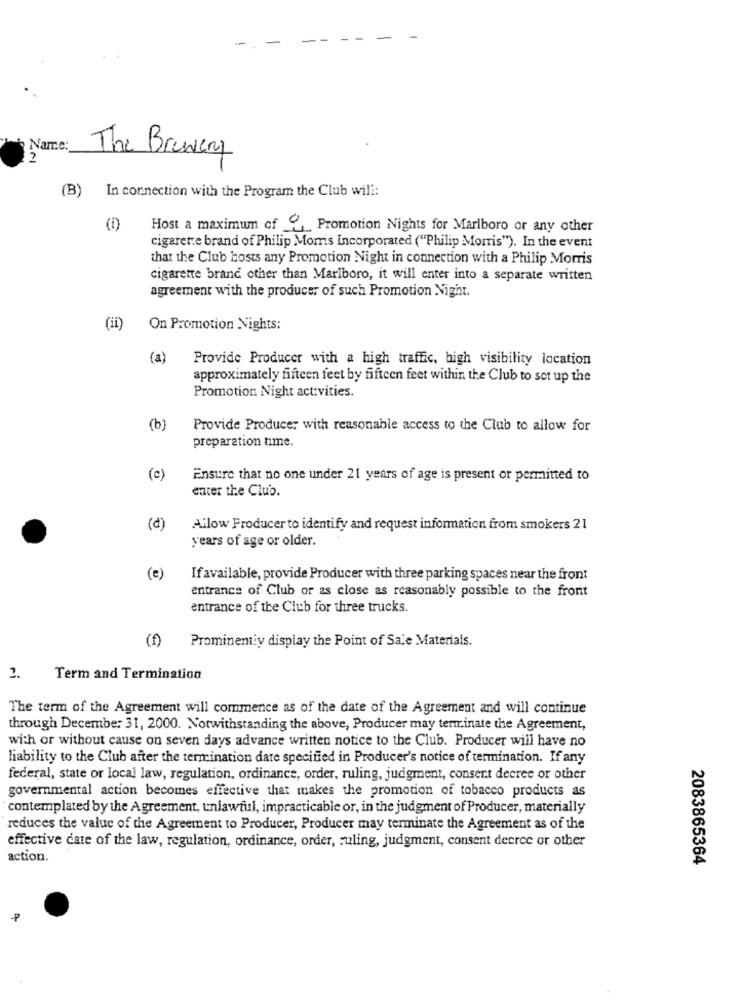
Name:
2
The Brewery
(B)
In connection with the Program the Club will:
(i)
Host a maximum of , Promotion Nights for Marlboro or any other
cigarette brand of Philip Morris Incorporated ("Philip Morris"). In the event
that the Club hosts any Promotion Night in connection with a Philip Morris
cigarette brand other than Marlboro, it will enter into a separate written
agreement with the producer of such Promotion Night.
(ii)
On Promotion Nights:
(a)
Provide Producer with a high traffic, high visibility location
approximately fifteen feet by fifteen feet within the Club to set up the
Promotion Night activities.
(b)
Provide Producer with reasonable access to the Club to allow for
preparation time.
(c)
Ensure that no one under 21 years of age is present or permitted to
enter the Club.
(d)
Allow Producer to identify and request information from smokers 21
years of age or older.
(e)
If available, provide Producer with three parking spaces near the front
entrance of Club or as close as reasonably possible to the front
entrance of the Club for three trucks.
(f)
Prominentiy display the Point of Sale Materials.
2.
Term and Termination
The term of the Agreement will commence as of the date of the Agreement and will continue
through December 31, 2000. Notwithstanding the above, Producer may terminate the Agreement,
with or without cause on seven days advance written notice to the Club. Producer will have no
liability to the Club after the termination date specified in Producer's notice of termination. If any
federal, state or local law, regulation, ordinance, order, ruling, judgment, consent decree or other
governmental action becomes effective that makes the promotion of tobacco products as
contemplated by the Agreement, unlawful, impracticable or, in the judgment of Producer, materially
reduces the value of the Agreement to Producer, Producer may terminate the Agreement as of the
effective date of the law, regulation, ordinance, order, ruling, judgment, consent decree or other
action.
2083865364